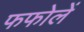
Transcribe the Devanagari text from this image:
फफोलें